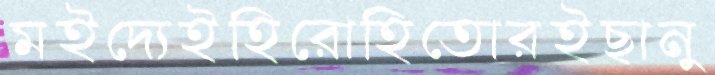
মইদ্যেইহিরোহিতোরইছানু